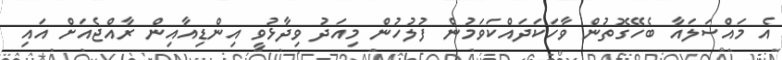
އެ މައްސަލައާ ބެހޭގޮތުން ވާހަކަދައްކަވަމުން ފުލުހުން މިއަދު ވިދާޅުވީ އިންޑިއާއިން ރާއްޖެއަށް އައި